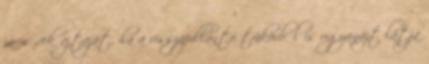
járművek ajtaját, ha a visszapillantó tükörből is ugyanazt látja